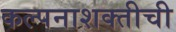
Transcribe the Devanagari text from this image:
कल्पनाशक्तीची